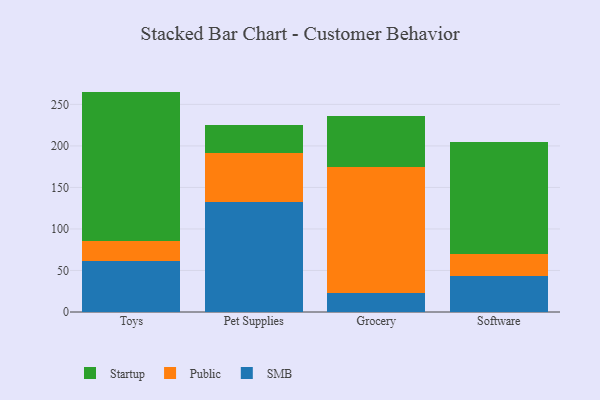
{"axis": {"x": "Category", "y": "Temperature (°C)"}, "legend": ["Public", "SMB", "Startup"], "data": [{"x": "Toys", "y": 62.0, "type": "SMB"}, {"x": "Toys", "y": 24.1, "type": "Public"}, {"x": "Toys", "y": 179.3, "type": "Startup"}, {"x": "Pet Supplies", "y": 132.0, "type": "SMB"}, {"x": "Pet Supplies", "y": 59.8, "type": "Public"}, {"x": "Pet Supplies", "y": 32.8, "type": "Startup"}, {"x": "Grocery", "y": 22.7, "type": "SMB"}, {"x": "Grocery", "y": 151.9, "type": "Public"}, {"x": "Grocery", "y": 61.5, "type": "Startup"}, {"x": "Software", "y": 43.6, "type": "SMB"}, {"x": "Software", "y": 25.8, "type": "Public"}, {"x": "Software", "y": 135.4, "type": "Startup"}]}